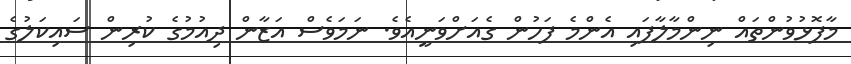
މާފޮޅުވުންތައް ނިންމާލާފައި އެންމެ ފަހުން ގެއަށްވަނީއެވެ. ނަމަވެސް އަޒާން ދިއުމުގެ ކުރިން ސައިކަލުގެ